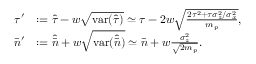
\begin{array} { r l } { \tau ^ { \prime } } & { : = \hat { \tau } - w \sqrt { \mathrm { v a r } ( \hat { \tau } ) } \simeq \tau - 2 w \sqrt { \frac { 2 \tau ^ { 2 } + \tau \sigma _ { z } ^ { 2 } / \sigma _ { x } ^ { 2 } } { m _ { p } } } , } \\ { \bar { n } ^ { \prime } } & { : = \widehat { \bar { n } } + w \sqrt { \mathrm { v a r } ( \widehat { \bar { n } } ) } \simeq \bar { n } + w \frac { \sigma _ { z } ^ { 2 } } { \sqrt { 2 m _ { p } } } . } \end{array}